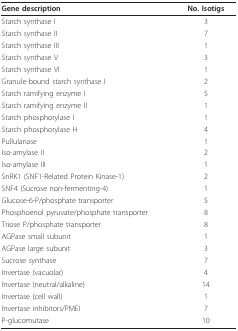
| Gene description | No. Isotigs |
 | --- | --- |
 | Starch synthase I | 3 |
 | Starch synthase II | 7 |
 | Starch synthase III | 1 |
 | Starch synthase V | 3 |
 | Starch synthase VI | 1 |
 | Granule-bound starch synthase I | 2 |
 | Starch ramifying enzyme I | 5 |
 | Starch ramifying enzyme II | 1 |
 | Starch phosphorylase I | 1 |
 | Starch phosphorylase H | 4 |
 | Pullulanase | 1 |
 | Iso-amylase II | 2 |
 | Iso-amylase III | 1 |
 | SnRK1 (SNF1-Related Protein Kinase-1) | 2 |
 | SNF4 (Sucrose non-fermenting-4) | 1 |
 | Glucose-6-P/phosphate transporter | 5 |
 | Phosphoenol pyruvate/phosphate transporter | 8 |
 | Triose P/phosphate transporter | 8 |
 | AGPase small subunit | 1 |
 | AGPase large subunit | 3 |
 | Sucrose synthase | 7 |
 | Invertase (vacuolar) | 4 |
 | Invertase (neutral/alkaline) | 14 |
 | Invertase (cell wall) | 1 |
 | Invertase inhibitors/PMEI | 7 |
 | P-glucomutase | 10 |